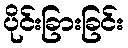
ပိုင်းခြားခြင်း